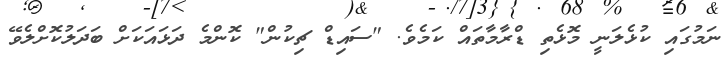
ނަމުގައި ކުޅެލަނީ މޮޅެތި ޑްރާމާތައް ކަމެވެ. "ސައިޑް ޗިކުން" ކޮންމެ ދަޅައަކަށް ބަދަލުކޮށްލެވޭ